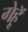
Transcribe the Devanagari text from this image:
गेहॅू